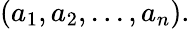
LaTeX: (a_{1},a_{2},...,a_{n}).